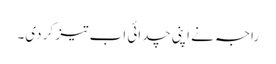
راجہ نے اپنی چدائی اب تیز کر دی۔